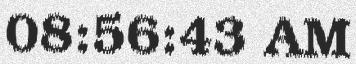
08:56:43 AM